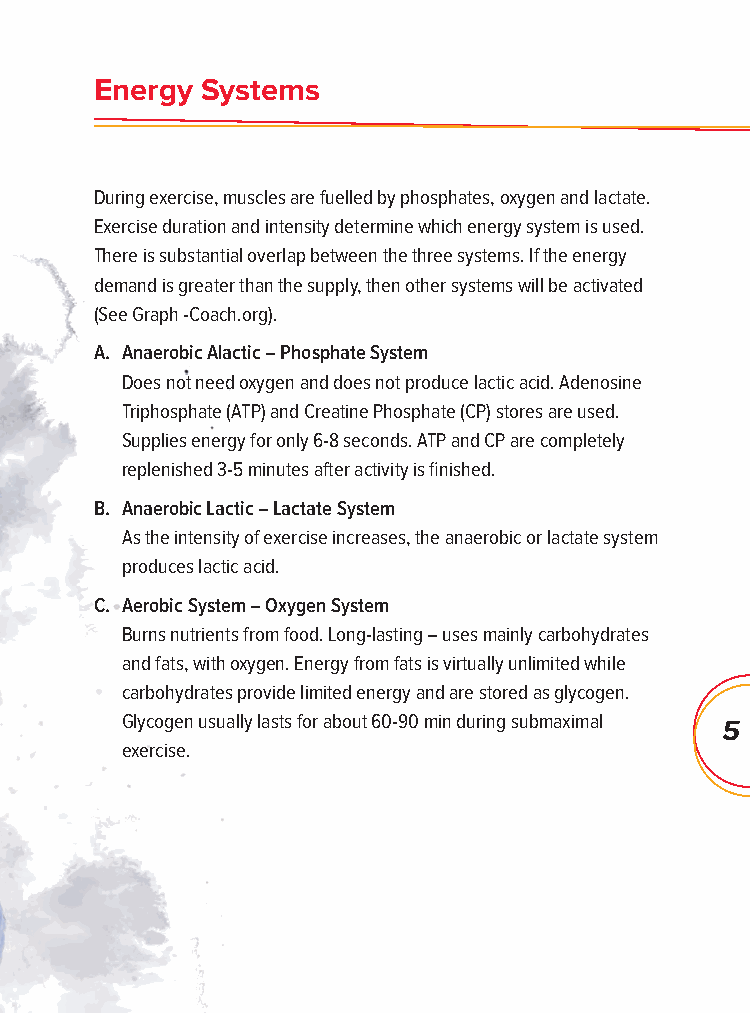
Energy Systems
 During exercise, muscles are fuelled by phosphates, oxygen and lactate.
 Exercise duration and intensity determine which energy system is used.
 There is substantial overlap between the three systems. If the energy
 demand is greater than the supply, then other systems will be activated
 (See Graph -Coach.org).
 A. Anaerobic Alactic – Phosphate System
 Does not need oxygen and does not produce lactic acid. Adenosine
 Triphosphate (ATP) and Creatine Phosphate (CP) stores are used.
 Supplies energy for only 6-8 seconds. ATP and CP are completely
 replenished 3-5 minutes after activity is fi nished.
 B. Anaerobic Lactic – Lactate System
 As the intensity of exercise increases, the anaerobic or lactate system
 produces lactic acid.
 C. Aerobic System – Oxygen System
 Burns nutrients from food. Long-lasting – uses mainly carbohydrates
 and fats, with oxygen. Energy from fats is virtually unlimited while
 carbohydrates provide limited energy and are stored as glycogen.
 Glycogen usually lasts for about 60-90 min during submaximal
 5
 exercise.